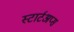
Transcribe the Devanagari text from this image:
स्टार्टअप्स